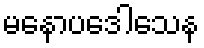
မနောပဒေါသေန